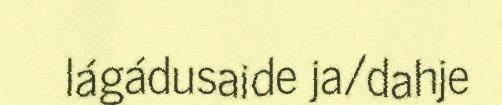
lágádusaide ja/dahje